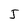
Character: 5